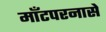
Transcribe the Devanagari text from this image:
माँटपरनासे